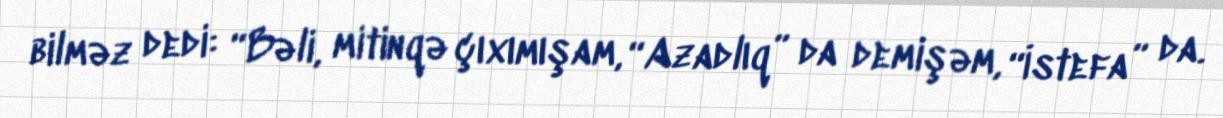
bilməz dedi: “Bəli, mitinqə çıxımışam, “Azadlıq” da demişəm, “İstefa” da.